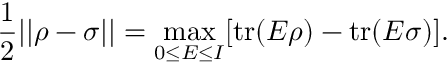
{ \frac { 1 } { 2 } } | | \rho - \sigma | | = \operatorname* { m a x } _ { 0 \leq E \leq I } [ \mathrm { { t r } } ( E \rho ) - \mathrm { { t r } } ( E \sigma ) ] .